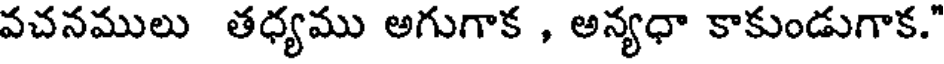
వచనములు తధ్యము అగుగాక , అన్యధా కాకుండుగాక."